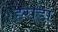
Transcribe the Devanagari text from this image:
हराडा